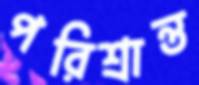
পরিশ্রান্ত